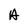
Character: A